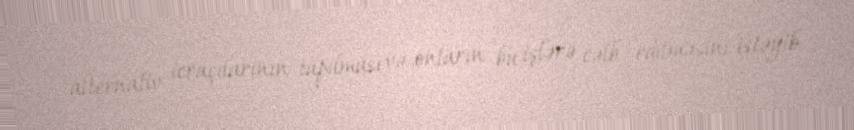
alternativ icraçılarının tapılması və onların bu işlərə cəlb edilməsini istəyib.